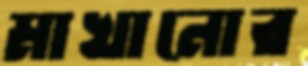
মাখানোর